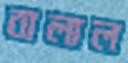
বালাল